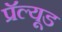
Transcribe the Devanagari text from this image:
प्रॅल्यूड